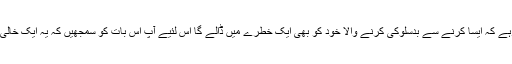
یہ بھی یاد رہے کہ ایسا کرنے سے بدسلوکی کرنے والا خود کو بھی ایک خطرے میں ڈالے گا اس لئیے آپ اس بات کو سمجھیں کہ یہ ایک خالی دھمکی ہے۔